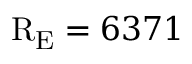
\mathrm { R _ { E } } = 6 3 7 1